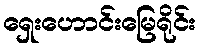
ရှေးဟောင်းမြေရိုင်း